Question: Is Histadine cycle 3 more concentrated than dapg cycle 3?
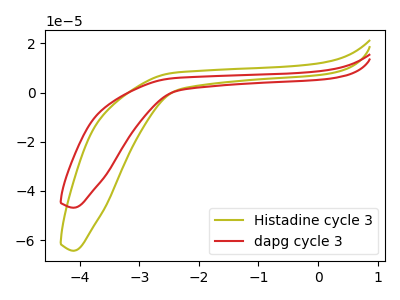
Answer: <think>The olive curve "Histadine cycle 3" has no peaks. The red curve "dapg cycle 3" has no peaks.
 Neither "Histadine cycle 3" or "dapg cycle 3" have any peaks.</think>
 <answer>I cant tell if "Histadine cycle 3" or "dapg cycle 3" has higher concentration.</answer>
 <eval>mixed_concentration</eval>